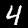
Digit: 4